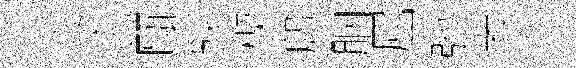
臯它甌鞅楔鹧胭屈弛考